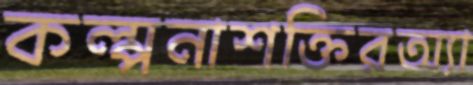
কল্পনাশক্তিরঅ্যা